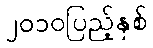
၂၀၁၀ပြည့်နှစ်